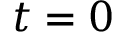
t = 0